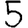
Digit: 5